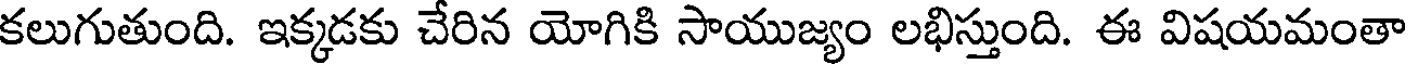
కలుగుతుంది. ఇక్కడకు చేరిన యోగికి సాయుజ్యం లభిస్తుంది. ఈ విషయమంతా